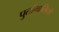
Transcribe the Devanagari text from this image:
पुर्तोगालियों